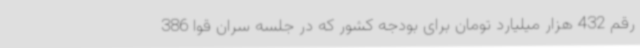
رقم 432 هزار میلیارد تومان برای بودجه کشور که در جلسه سران قوا 386